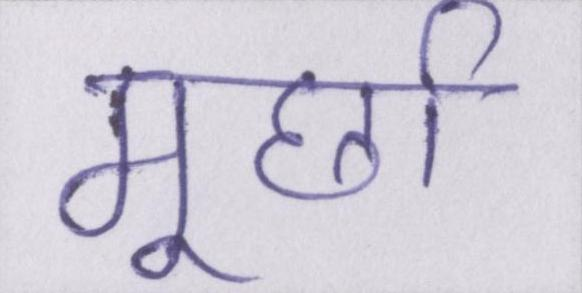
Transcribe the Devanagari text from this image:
मूर्छा